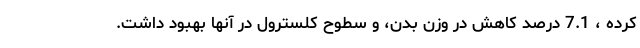
کرده ، 7.1 درصد کاهش در وزن بدن، و سطوح کلسترول در آنها بهبود داشت.